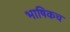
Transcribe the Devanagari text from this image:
भाषिकच